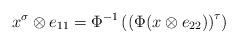
LaTeX: \begin{align*}x^{\sigma}\otimes e_{11}=\Phi^{-1}\left(\left(\Phi(x\otimes e_{22})\right)^{\tau}\right)\end{align*}